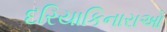
દરિયાકિનારાઓ